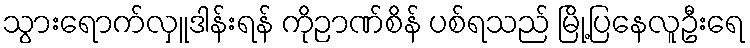
သွားရောက်လှူဒါန်းရန် ကိုဉာဏ်စိန် ပစ်ရသည် မြို့ပြနေလူဦးရေ